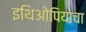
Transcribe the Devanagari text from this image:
इथिओपियाचा